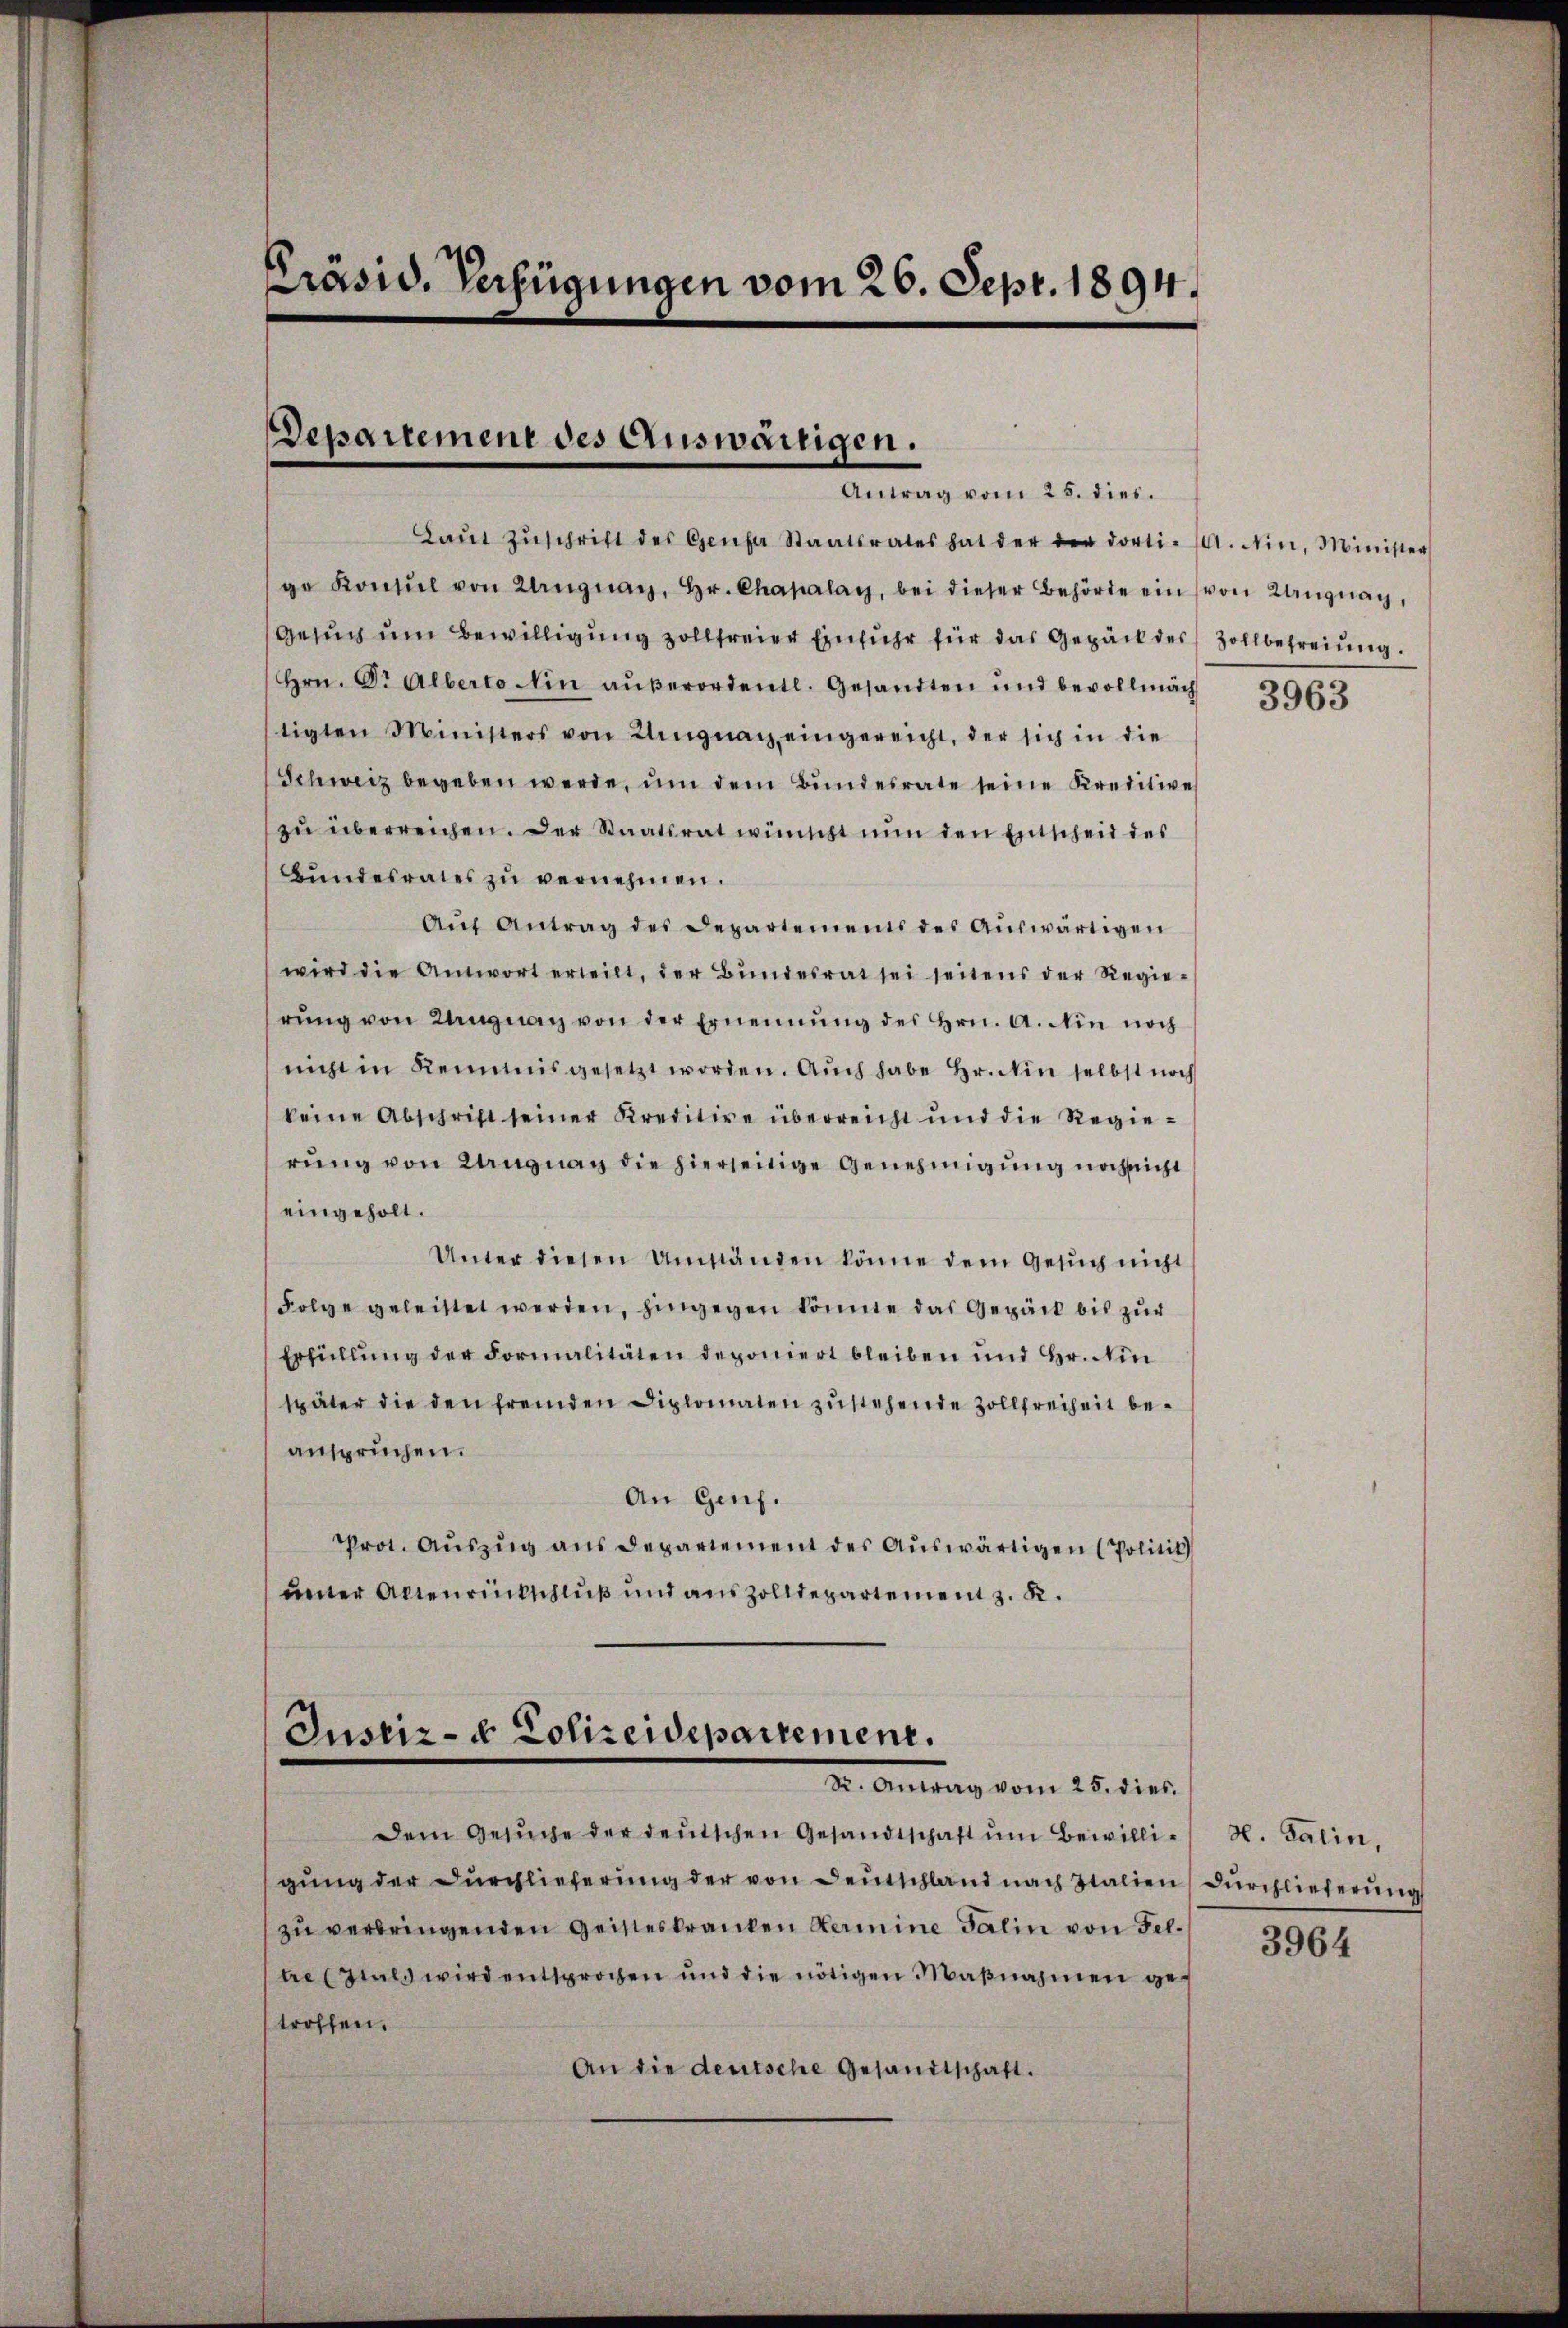
Präsid. Verfügungen vom 26. Sept. 1894.

Departement des Auswärtigen.
Antrag vom 25. dies.

Laŭt Zŭschrift des Genfer Staatsrates hat der der dorti- (A. Min. Minister
ge Konsŭl von Uruguay, Hr. Chapalay, bei dieser Behörde ein (von Ungnag,
Gesuch um Bewilligung zollfreier Einfuhr für das Gepäck des Zollbefreiung.
Hrn. Dr Alberto Ain außerordentl. Gesandten und bevollmäch
tigten Ministers von Ungnach eingereicht, der sich in die
Schweiz begeben werde, um dem Bundesrate seine Kreditive
zu überreichen. Der Staatsrat wünscht nun den Entscheid des
Bŭndesrates zu vernehmen.
Aŭf Antrag des Departements des Aŭswärtigen
wird die Antwort erteilt, der Bŭndesrat sei seitens der Regie-
rŭng von Ungnau von der Ernennung des Hrn. A. Ain noch
nicht in Reimis gesetzt worden. Auch habe Hr. Ain selbst noch
keine Abschrift seiner Kreditire überreicht und die Regierung von Langnau die hierseitige Genehmigung nachsicht
eingeholt.
Unter diesen Umständen könne dem Gesuch nicht
Folge geleistet werden, hingegen könnte das Gepäck bis zur
Erfüllung der Formalitäten deponiert bleiben und Hr. Ain
später die den fremden Diplomaten zustehende Zollfreiheit beanspruchen.
An Genf.
Prot. Auszug aus Departement des Auswärtigen (Politik
unter Altenrückschluß und aus Zolldepartement z. K.

Justiz- & Polizeidepartement.
Dr. Antrag vom 25. dies

Dem Gesuche der deutschen Gesandtschaft um Bewilli¬

gung der Durchlieferung der von Deutschland nach Italien durchlieferung
zu verbringenden Geisteskranken Hermine Talin von Feltre (stals wird entsprochen und die nötigen Maßnahmen getroffen.
An die deutsche Gesandtschaft.

3963

H. Balin,

3964